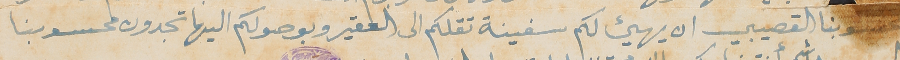
محسوبنا القصيبي ان يهيء لكم سفينة تقلكم الى العقير وبوصولكم اليها تجدون محسوبنا